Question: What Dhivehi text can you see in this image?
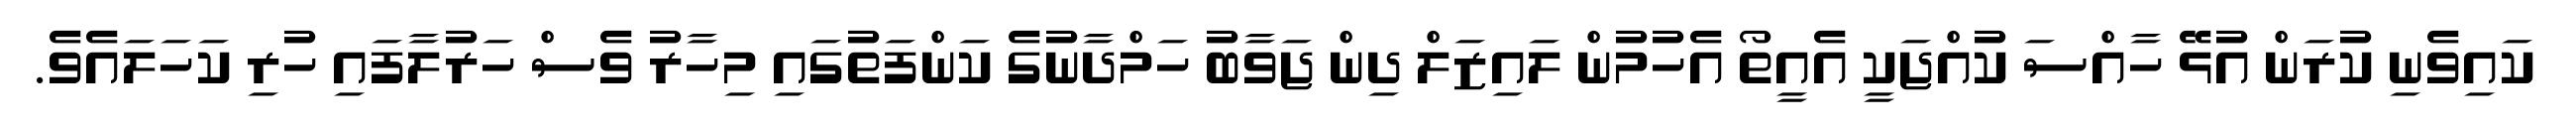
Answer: ކައިވެނި ކުރަން އުޅޭ ހާއްސަ ކުއްޖަކީ އެއީތޯ އެހުމުން ލައިޒަލް ދިން ޖަވާބު ހަމްދާނުގެ ކަންފަތުގައި މިހާރު ވެސް ހަރުލާފައި ހުރި ކަހަލައެވެ.